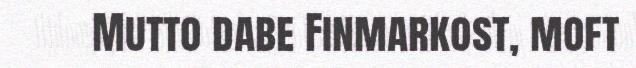
Mutto dabe Finmarkost, moft